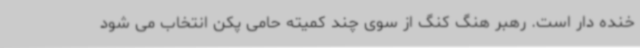
خنده دار است. رهبر هنگ کنگ از سوی چند کمیته حامی پکن انتخاب می شود